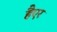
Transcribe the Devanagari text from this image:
हैएर